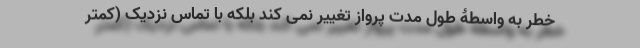
خطر به واسطۀ طول مدت پرواز تغییر نمی کند بلکه با تماس نزدیک (کمتر